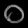
Digit: ၀